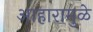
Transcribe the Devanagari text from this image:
आहारामुळे